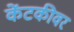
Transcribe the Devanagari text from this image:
केंटकीवर